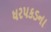
ધરપકડના